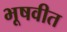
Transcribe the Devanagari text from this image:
भूषवीत